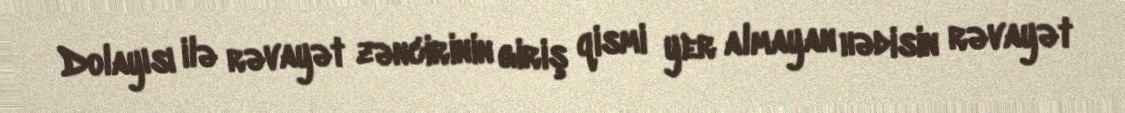
Dolayısı ilə rəvayət zəncirinin giriş qismi yer almayan hədisin rəvayət